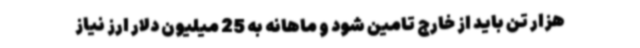
هزار تن باید از خارج تامین شود و ماهانه به 25 میلیون دلار ارز نیاز